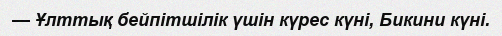
— Ұлттық бейпітшілік үшін күрес күні, Бикини күні.